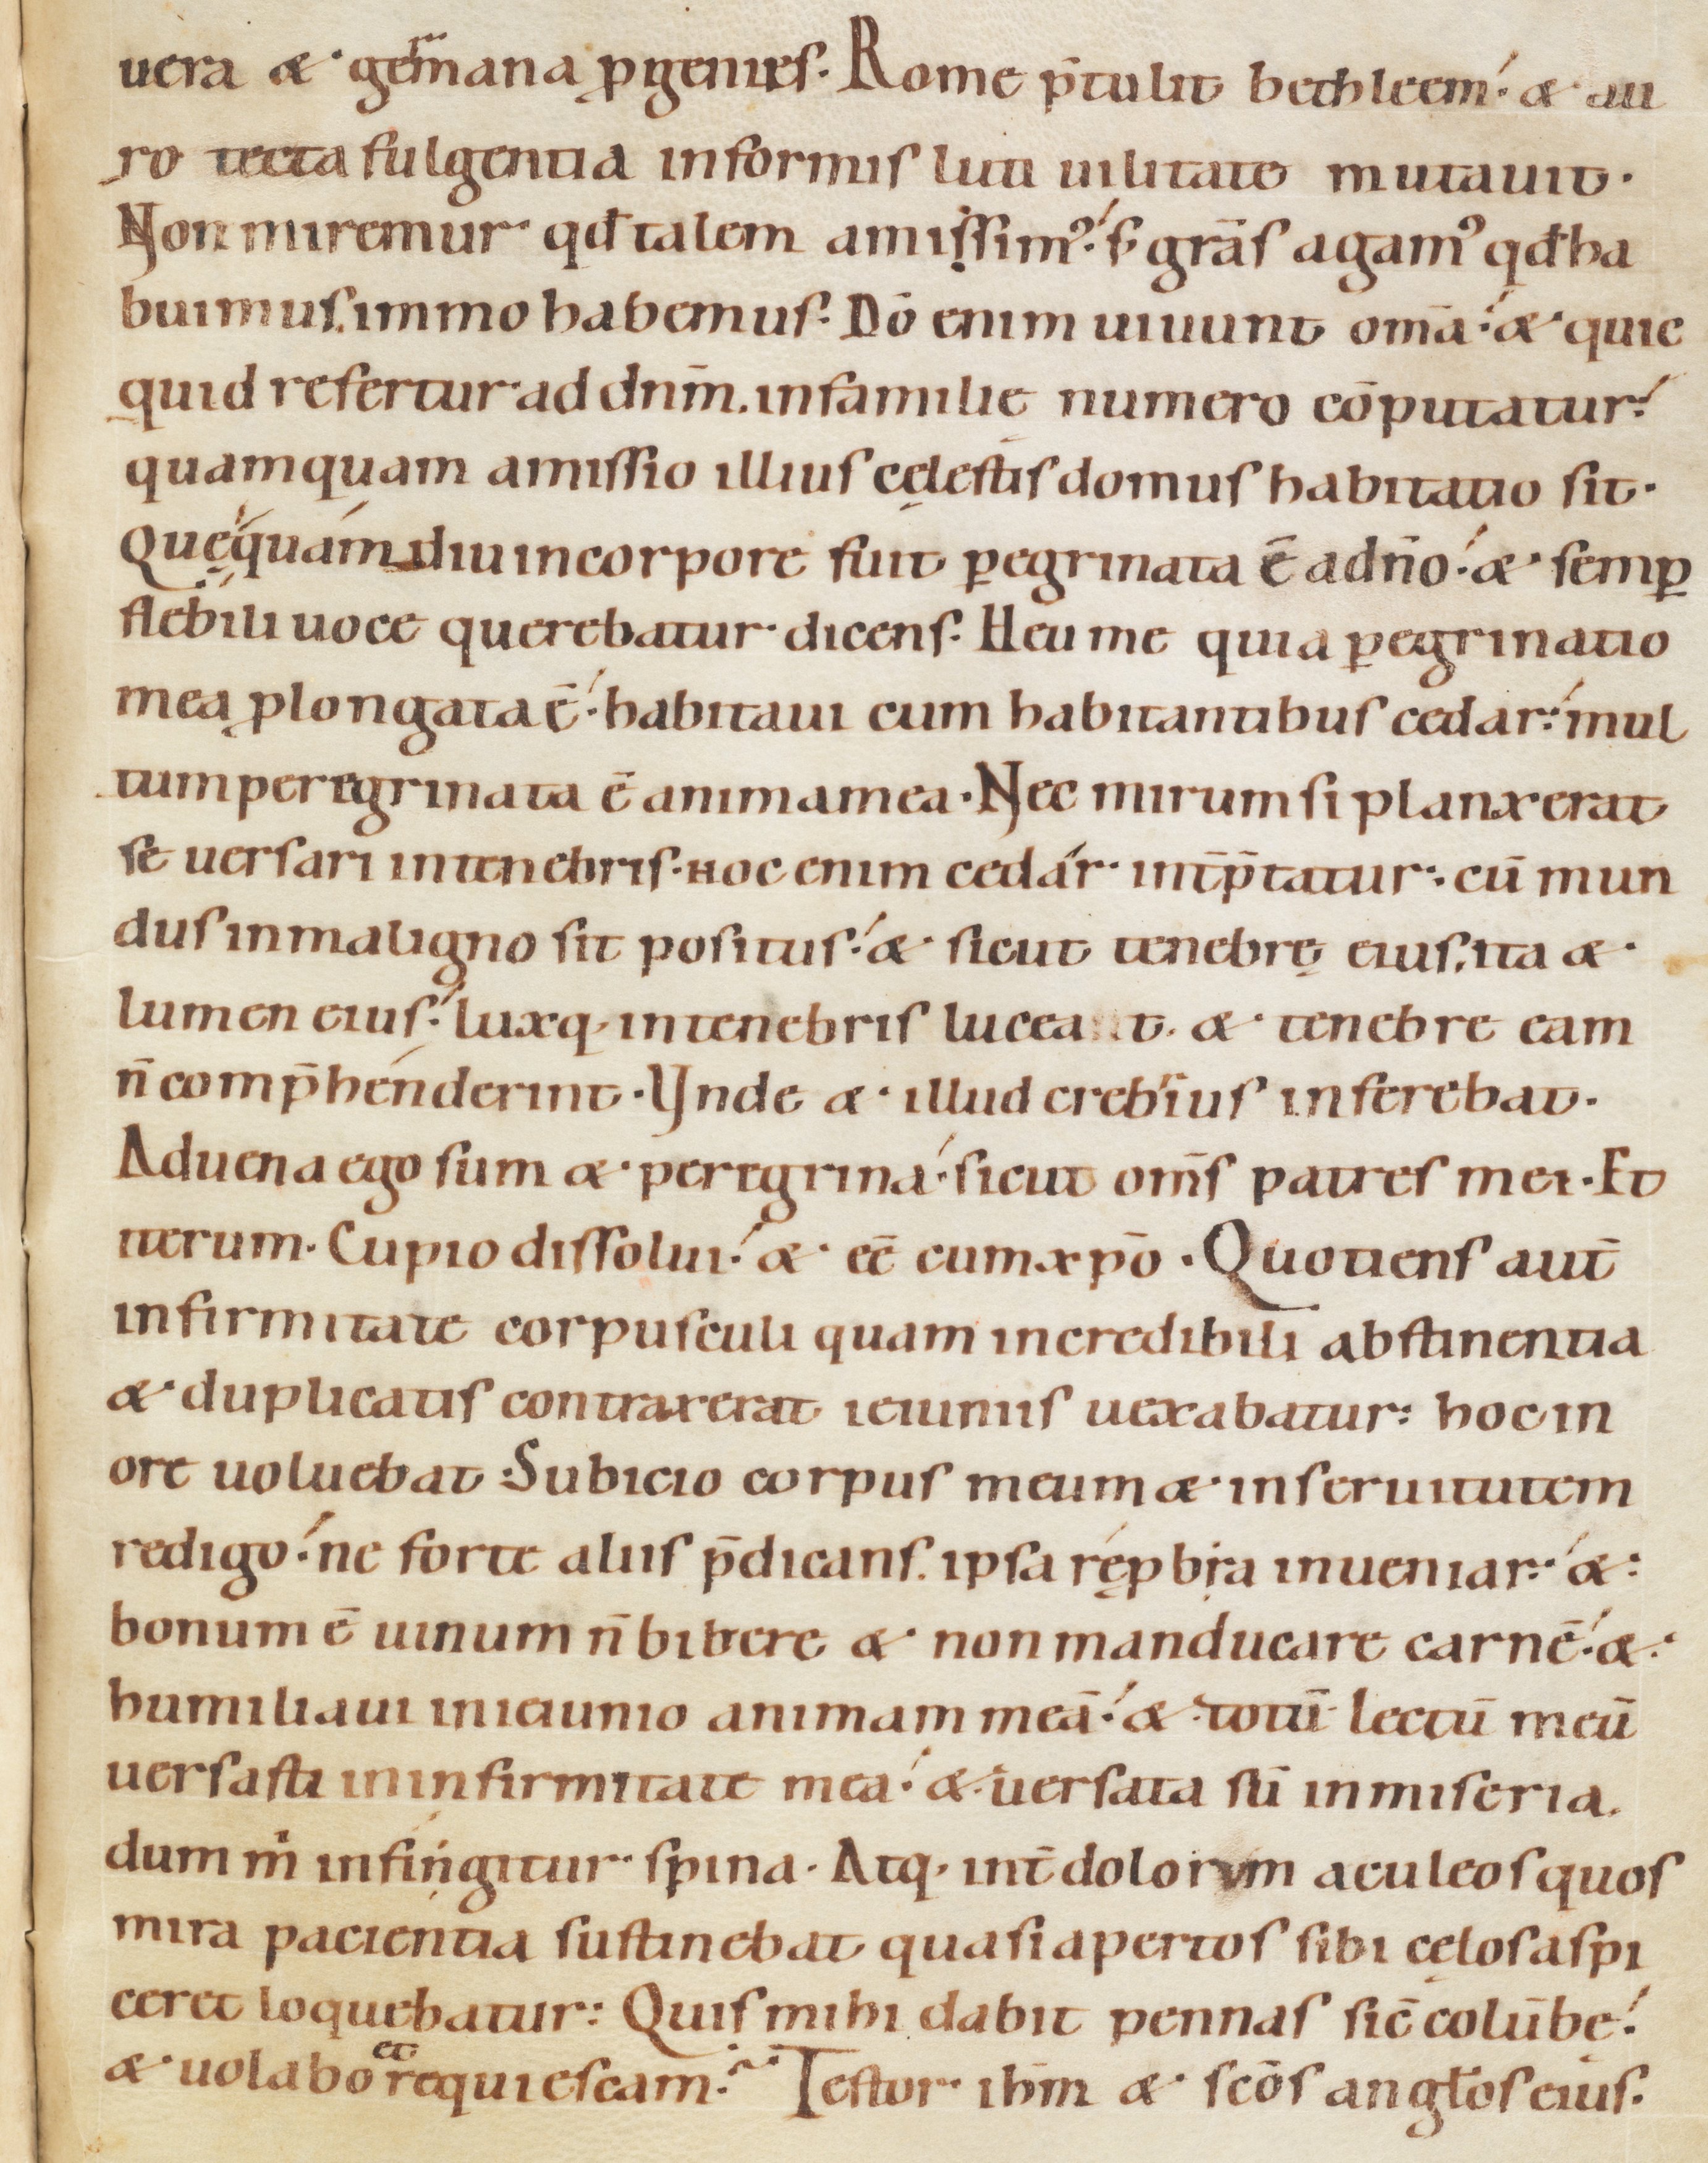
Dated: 1080–1096